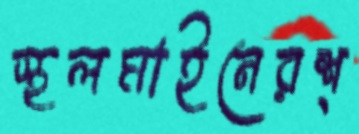
স্থলমাইনেরশ্